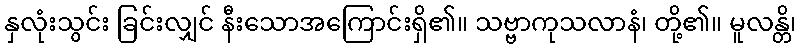
နှလုံးသွင်း ခြင်းလျှင် နီးသောအကြောင်းရှိ၏။ သဗ္ဗာကုသလာနံ၊ တို့၏။ မူလန္တိ၊